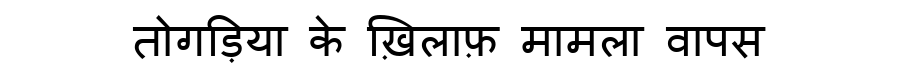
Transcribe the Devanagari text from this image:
तोगड़िया के ख़िलाफ़ मामला वापस